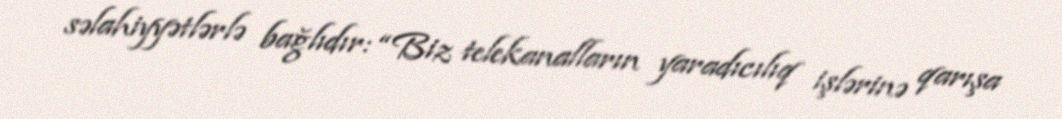
səlahiyyətlərlə bağlıdır: “Biz telekanalların yaradıcılıq işlərinə qarışa